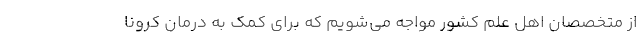
از متخصصان اهل علم کشور مواجه می‌شویم که برای کمک به درمان کرونا